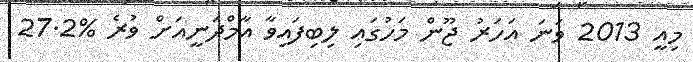
މިއީ 2013 ވަނަ އަހަރު ޖޫން މަހުގައި ލިބިފައިވާ އާމްދަނީއަށް ވުރެ %27.2